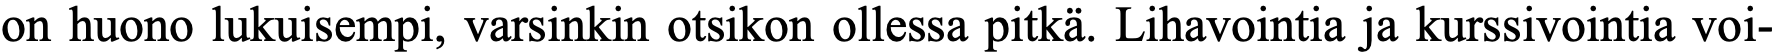
on huono lukuisempi, varsinkin otsikon ollessa pitkä. Lihavointia ja kurssivointia voi-